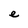
Character: e